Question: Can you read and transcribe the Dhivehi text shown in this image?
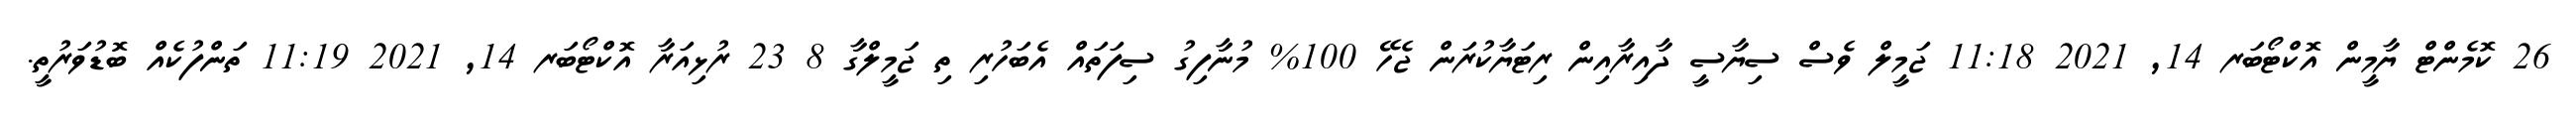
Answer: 26 ކޮމެންޓް ޔާމީން އޮކްޓޯބަރ 14, 2021 11:18 ޖަމީލް ވެސް ސިޔާސީ ދާއިރާއިން ރިޓަޔާކުރަން ޖެހޭ 100% މުނާފިގު ސިފަތައް އެބަހުރި ތި ޖަމީލްގާ 8 23 ރުޅިއަރާ އޮކްޓޯބަރ 14, 2021 11:19 ތަންފުކެއް ބޮޑުވަރުތީ.